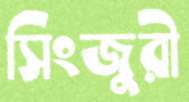
সিংজুরী